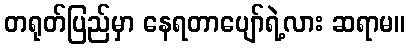
တရုတ်ပြည်မှာ နေရတာပျော်ရဲ့လား ဆရာမ။